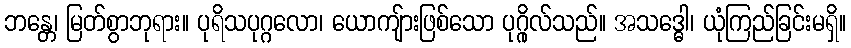
ဘန္တေ၊ မြတ်စွာဘုရား။ ပုရိသပုဂ္ဂလော၊ ယောကျ်ားဖြစ်သော ပုဂ္ဂိုလ်သည်။ အသဒ္ဓေါ၊ ယုံကြည်ခြင်းမရှိ။